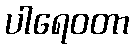
ပါရေဝတာ